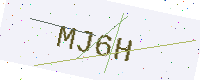
Text: MJ6H